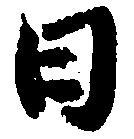
日